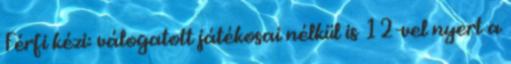
Férfi kézi: válogatott játékosai nélkül is 12-vel nyert a